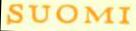
SUOMI